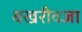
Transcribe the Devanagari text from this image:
बखरीवजा